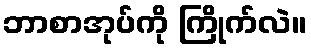
ဘာစာအုပ်ကို ကြိုက်လဲ။